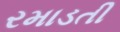
રમાડતી